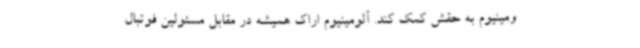
ومینیوم به حقش کمک کند. آلومینیوم اراک همیشه در مقابل مسئولین فوتبال